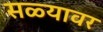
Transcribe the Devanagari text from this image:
सळ्यावर